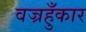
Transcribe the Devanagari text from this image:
वज्रहुँकार